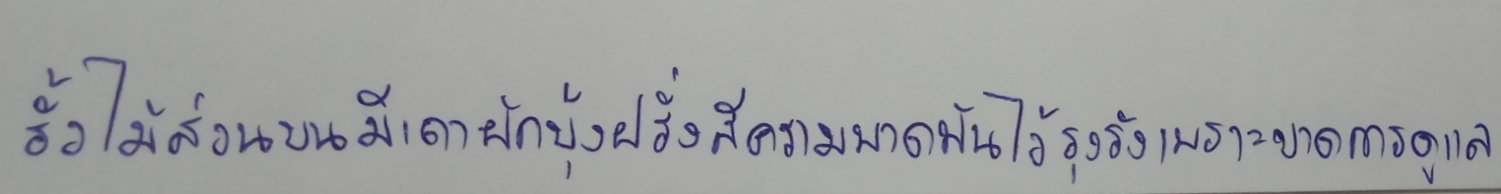
รั้วไม้ส่วนบนมีเถาผักบุ้งฝรั่งสีครามพาดพันไว้รุงรังเพราะขาดการดูแล